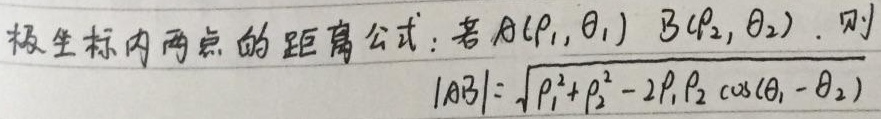
极坐标内两点的距离公式：若\(A(\rho_1, \theta_1)\)，\(B(\rho_2, \theta_2)\)，则\(|AB| = \sqrt{\rho_1^{2}+\rho_2^{2}-2\rho_1\rho_2\cos(\theta_1 - \theta_2)}\)。